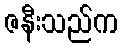
ဇနီးသည်က